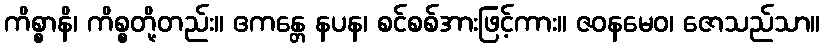
ကိစ္စာနိ၊ ကိစ္စတို့တည်း။ ဧကန္တေ နပန၊ စင်စစ်အားဖြင့်ကား။ ဇဝနမေဝ၊ ဇောသည်သာ။